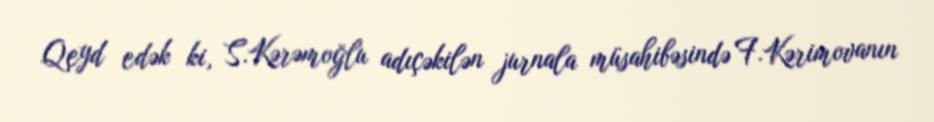
Qeyd edək ki, S.Kərəmoğlu adıçəkilən jurnala müsahibəsində F.Kərimovanın